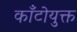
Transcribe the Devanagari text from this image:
काँटोयुक्त